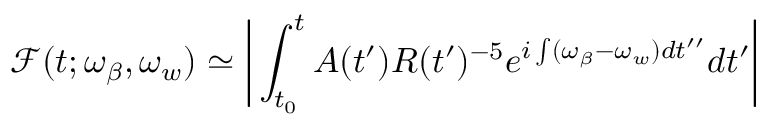
\mathcal { F } ( t ; \omega _ { \beta } , \omega _ { w } ) \simeq \bigg | \int _ { t _ { 0 } } ^ { t } A ( t ^ { \prime } ) R ( t ^ { \prime } ) ^ { - 5 } e ^ { i \int ( \omega _ { \beta } - \omega _ { w } ) d t ^ { \prime \prime } } d t ^ { \prime } \bigg |